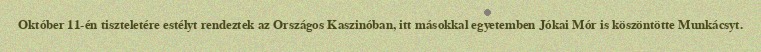
Október 11-én tiszteletére estélyt rendeztek az Országos Kaszinóban, itt másokkal egyetemben Jókai Mór is köszöntötte Munkácsyt.